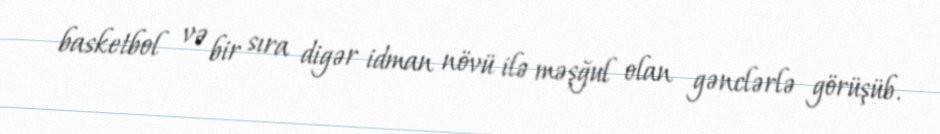
basketbol və bir sıra digər idman növü ilə məşğul olan gənclərlə görüşüb.